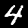
Label: 4